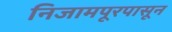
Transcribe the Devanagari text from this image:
निजामपूरपासून